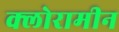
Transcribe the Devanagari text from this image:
क्लोरामीन